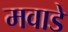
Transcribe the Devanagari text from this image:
मवाडे